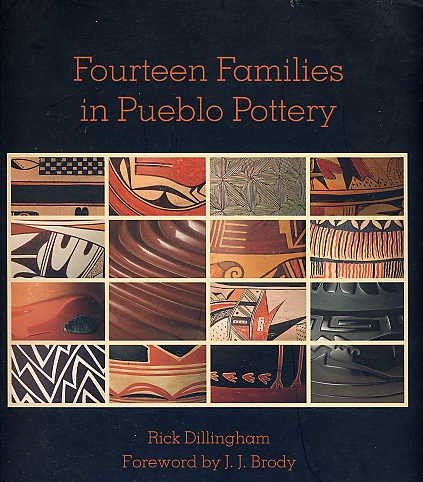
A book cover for Fourteen Families in Pueblo Pottery; Rick Dillingham; Crafts, Hobbies & Home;